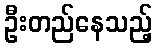
ဦးတည်နေသည့်